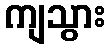
ကျသွား